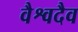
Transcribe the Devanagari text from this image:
वैश्वदैव